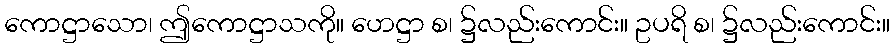
ကောဋ္ဌာသော၊ ဤကောဋ္ဌာသကို။ ဟေဋ္ဌာ စ၊ ၌လည်းကောင်း။ ဥပရိ စ၊ ၌လည်းကောင်း။